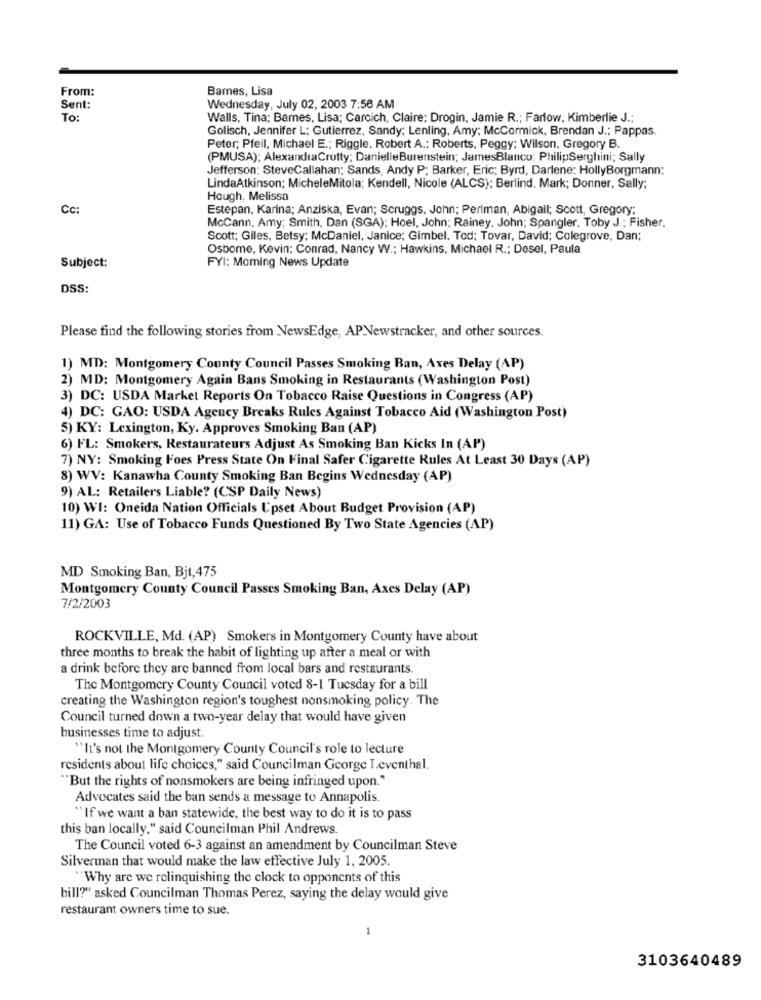
From:
Barnes, Lisa
Sent:
Wednesday, July 02, 2003 7:56 AM
To:
Walls, Tina; Bames, Lisa; Carcich, Claire; Drogin, Jamie R .; Farlow, Kimberlie J .;
Golisch, Jennifer L; Gutierrez, Sandy; Lenling, Amy; McCormick, Brendan J .; Pappas.
Peter; Pfeil, Michael E .; Riggle, Robert A .: Roberts, Peggy; Wilson, Gregory B.
(PMUSA); AlexandraCrutty; DanielleBurenstein; JamesBlanco; PhilipSerghini; Sally
Jefferson: SteveCallahan; Sands, Andy P; Barker, Eric; Byrd, Darlene: HollyBorgmann:
LindaAtkinson; MicheleMitola; Kendell, Nicole (ALCS); Berlind. Mark; Donner, Sally;
Hough, Melissa
Cc:
Estepan, Karina; Anziska, Evan; Scruggs, John; Perlman, Abigail; Scott, Gregory;
McCann, Amy; Smith, Dan (SGA): Hoel, John: Rainey, John; Spangler. Toby J .; Fisher.
Scott; Giles, Betsy; McDaniel, Janice; Gimbel. Tod; Tovar, David; Colegrove, Dan;
Osborne, Kevin: Conrad, Nancy W .; Hawkins, Michael R .; Desel, Paula
FYI: Morning News Update
Subject:
DSS:
Please find the following stories from NewsEdge, APNewstracker, and other sources.
1) MD: Montgomery County Council Passes Smoking Ban, Axes Delay (AP)
2) MD: Montgomery Again Bans Smoking in Restaurants (Washington Post)
3) DC: USDA Market Reports On Tobacco Raise Questions in Congress (AP)
4) DC: GAO: USDA Agency Breaks Rules Against Tobacco Aid (Washington Post)
5) KY: Lexington, Ky. Approves Smoking Ban (AP)
6) FL: Smokers, Restaurateurs Adjust As Smoking Ban Kicks In (AP)
7) NY: Smoking Foes Press State On Final Safer Cigarette Rules At Least 30 Days (AP)
8) WV: Kanawha County Smoking Ban Begins Wednesday (AP)
9) AL: Retailers Liable? (CSP Daily News)
10) WI: Oneida Nation Officials Upset About Budget Provision (AP)
11) GA: Use of Tobacco Funds Questioned By Two State Agencies (AP)
MD Smoking Ban, Bjt,475
Montgomery County Council Passes Smoking Ban, Axes Delay (AP)
7/2/2003
ROCKVILLE, Md. (AP) Smokers in Montgomery County have about
three months to break the habit of lighting up after a meal or with
a drink before they are banned from local bars and restaurants.
The Montgomery County Council voted 8-1 Tuesday for a bill
creating the Washington region's toughest nonsmoking policy. The
Council turned down a two-year delay that would have given
businesses time to adjust.
"It's not the Montgomery County Council's role to lecture
residents about life choices," said Councilman George T.cventhal.
"But the rights of nonsmokers are being infringed upon."
Advocates said the ban sends a message to Annapolis.
"If we want a ban statewide, the best way to do it is to pass
this ban locally," said Councilman Phil Andrews.
The Council voted 6-3 against an amendment by Councilman Steve
Silverman that would make the law effective July 1, 2005.
"Why are we relinquishing the clock to opponents of this
bill?" asked Councilman Thomas Perez, saying the delay would give
restaurant owners time to sue.
3103640489